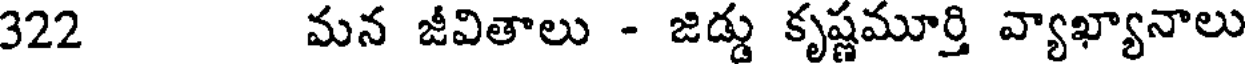
322 మన జీవితాలు - జిడ్డు కృష్ణమూర్తి వ్యాఖ్యానాలు